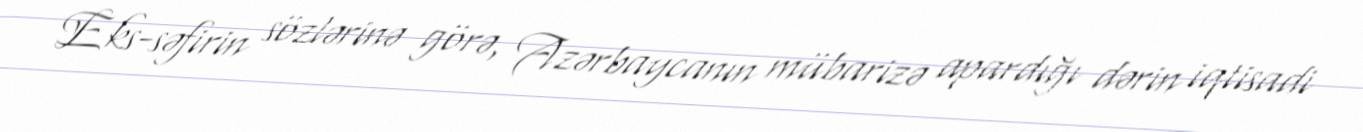
Eks-səfirin sözlərinə görə, Azərbaycanın mübarizə apardığı dərin iqtisadi